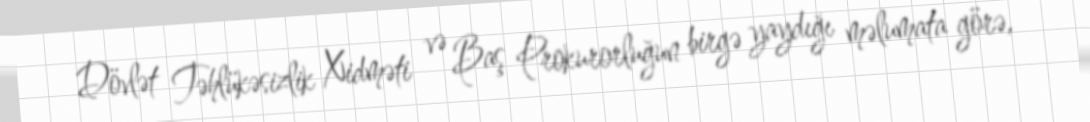
Dövlət Təhlükəsizlik Xidməti və Baş Prokurorluğun birgə yaydığı məlumata görə,